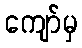
ကျော်မှ